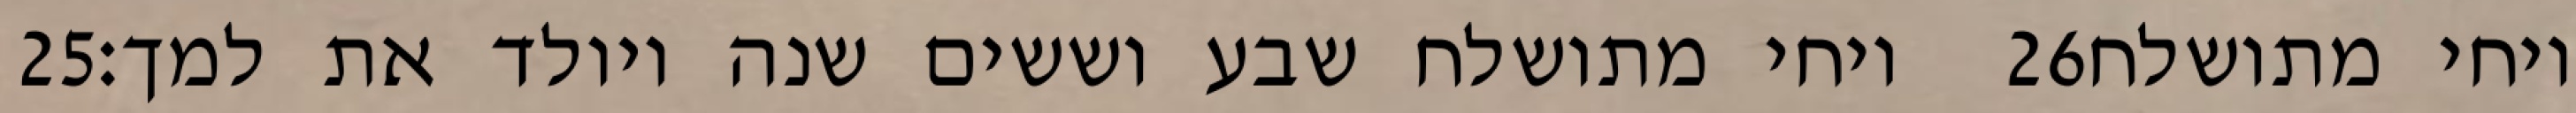
‎25‏ ויחי מתושלח שבע וששים שנה ויולד את למך׃ ‎26‏ ויחי מתושלח